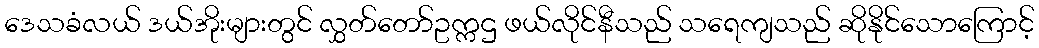
ဒေသခံလယ် ဒယ်အိုးများတွင် လွှတ်တော်ဥက္ကဌ ဖယ်လိုင်နီသည် သရေကျသည် ဆိုနိုင်သောကြောင့်